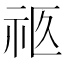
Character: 𰧴